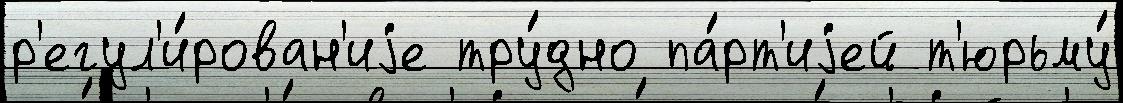
р'егул'и́рован'иjе тру́дно па́рт'иjей т'юрьму́